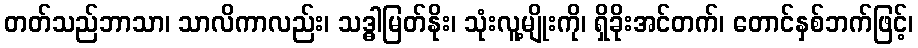
တတ်သည်ဘာသာ၊ သာလိကာလည်း၊ သဒ္ဓါမြတ်နိုး၊ သုံးလူ့မျိုးကို၊ ရှိခိုးအင်တက်၊ တောင်နှစ်ဘက်ဖြင့်၊